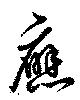
応